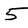
Character: 5